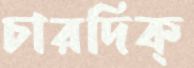
চারদিক্‌